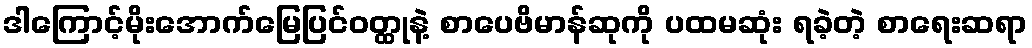
ဒါကြောင့်မိုးအောက်မြေပြင်ဝတ္ထုနဲ့ စာပေဗိမာန်ဆုကို ပထမဆုံး ရခဲ့တဲ့ စာရေးဆရာ